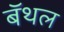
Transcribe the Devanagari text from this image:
बॅथल